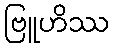
ဗြူဟိဿ